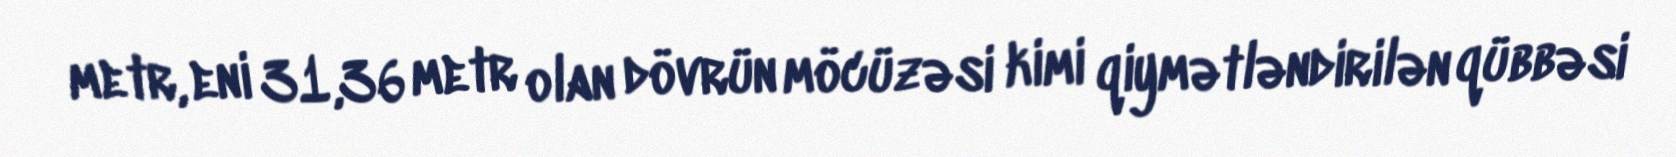
metr, eni 31,36 metr olan dövrün möcüzəsi kimi qiymətləndirilən qübbəsi